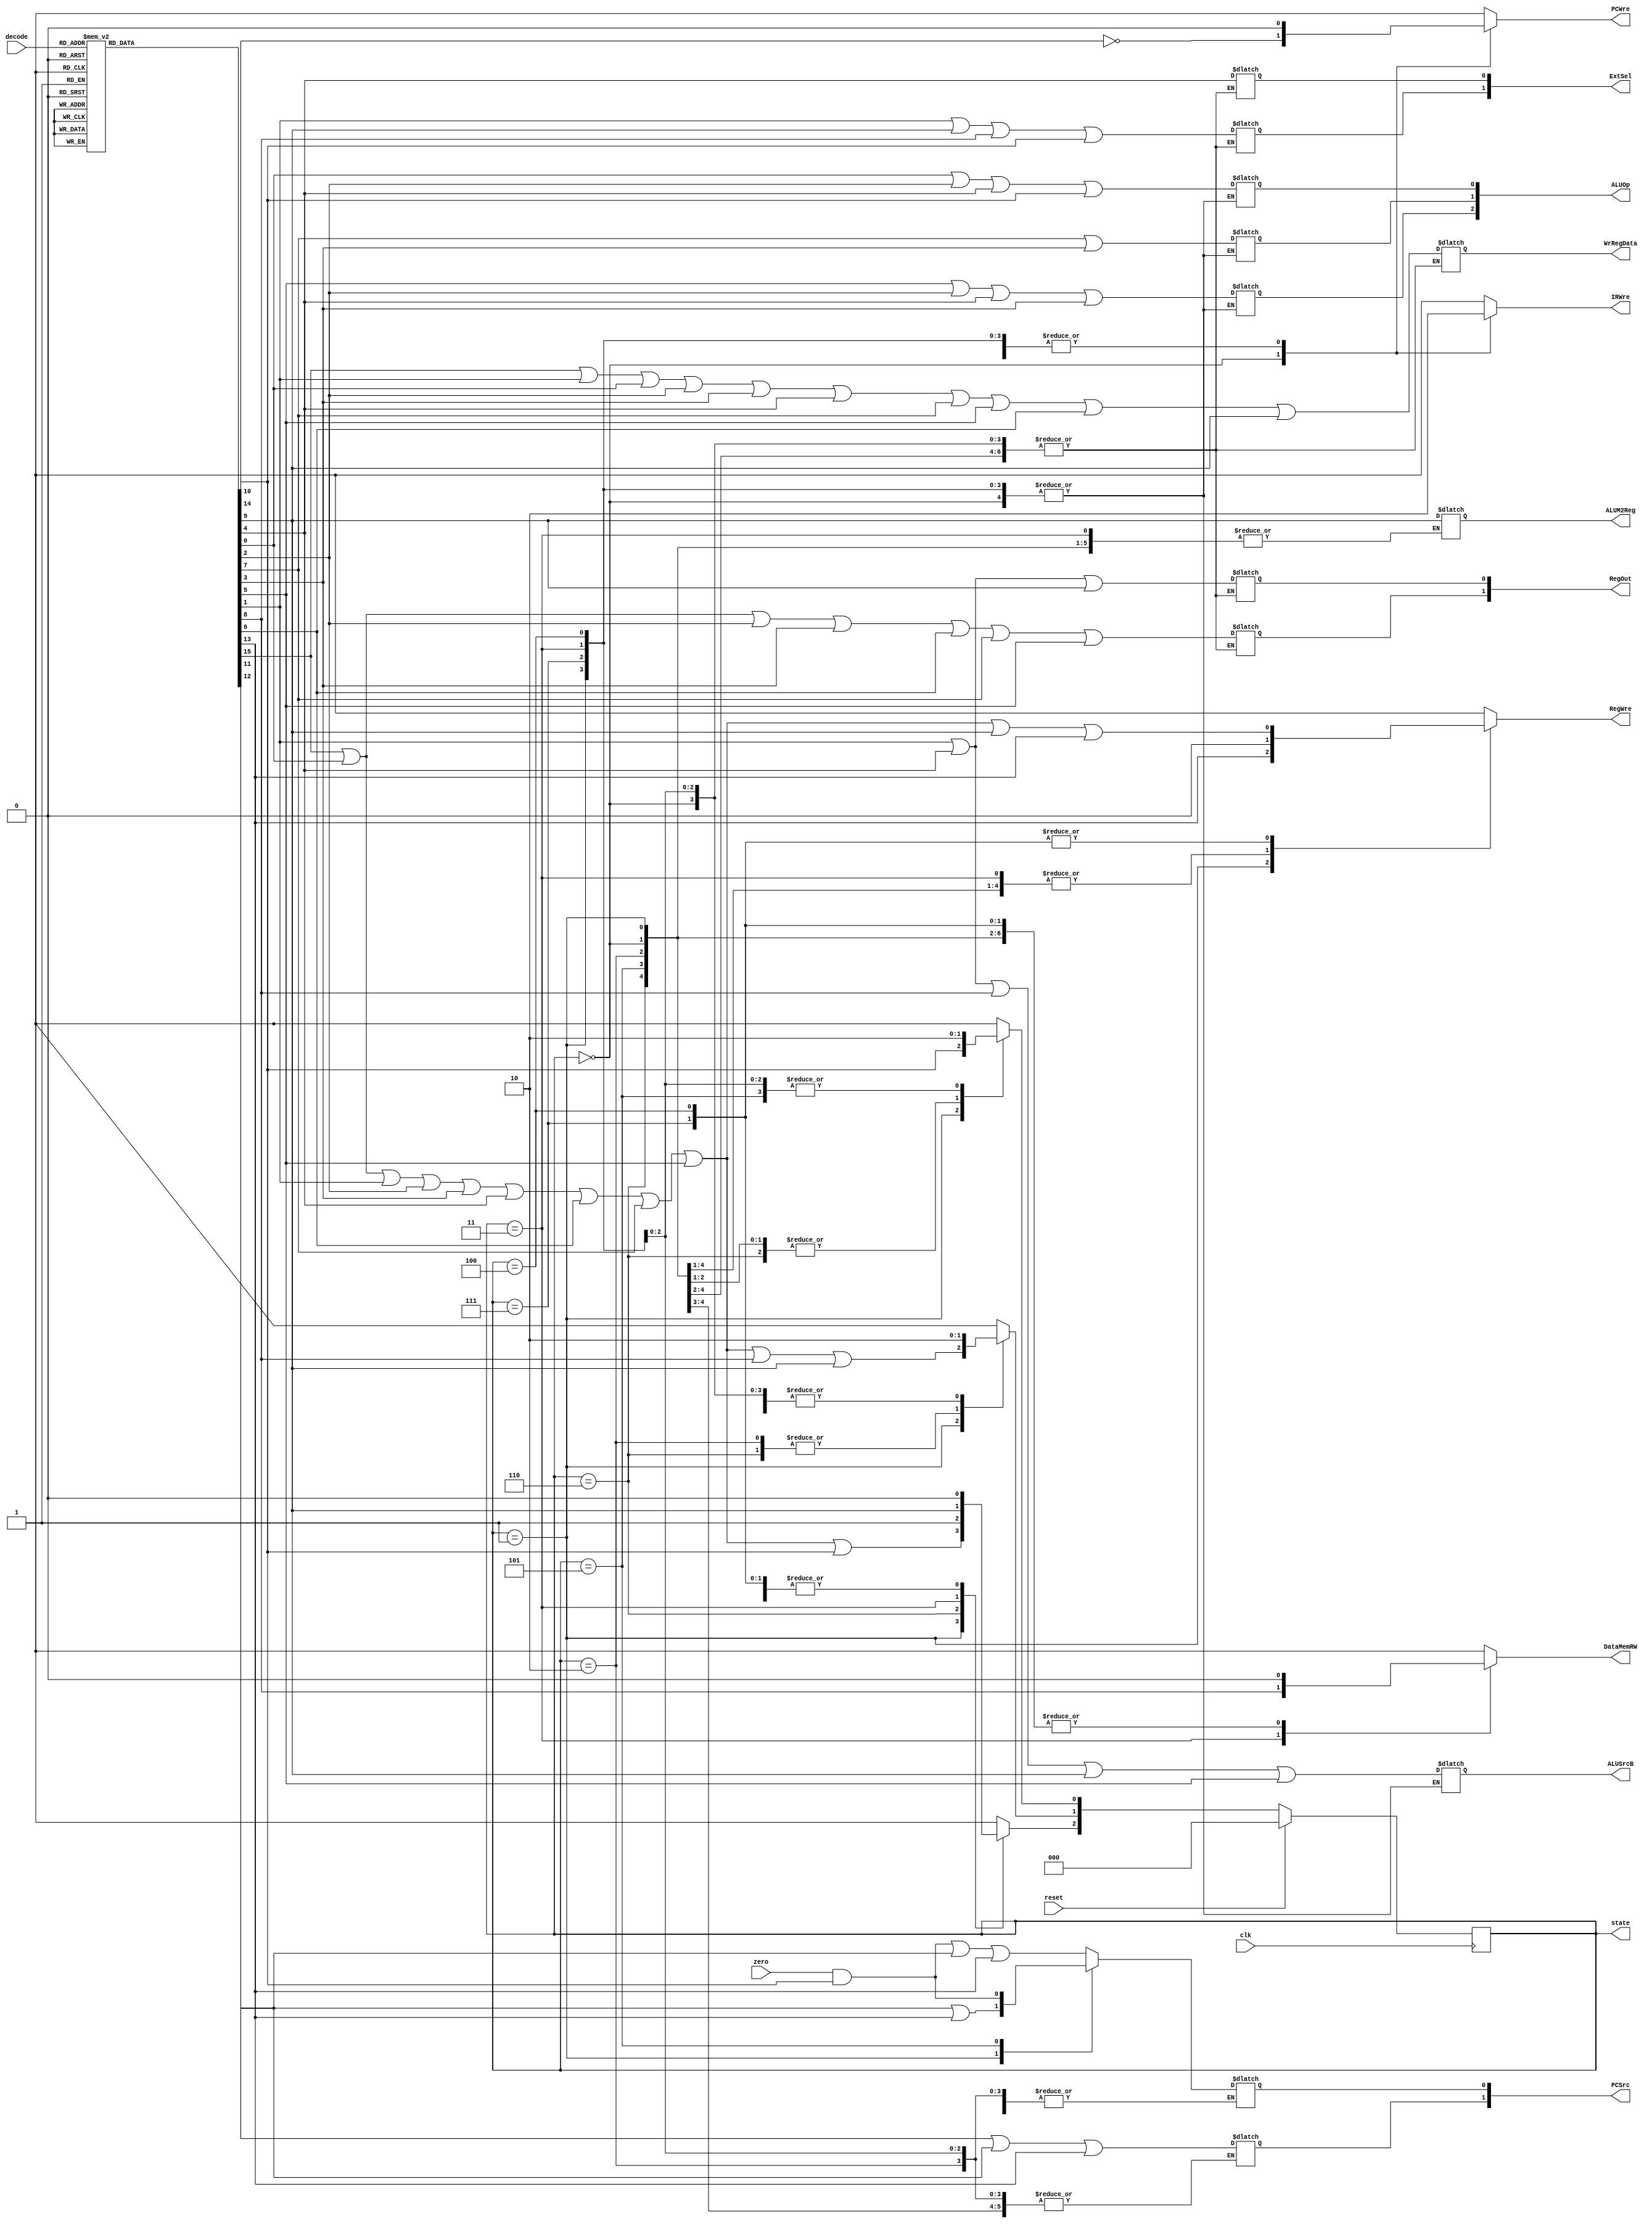
`timescale 1ns / 1ps

//
module CU(
	clk,
	reset,
	decode,
   zero,
   PCWre,
	ALUSrcB,
	ALUM2Reg,
	RegWre,
	WrRegData,
	DataMemRW,
	IRWre,
	ExtSel,
	PCSrc,
	RegOut,
	ALUOp, 
	state
	);
   
	input [5:0] decode;
	input clk, reset, zero;
	output reg PCWre, ALUSrcB, ALUM2Reg, RegWre, WrRegData, DataMemRW, IRWre;
	output reg [1:0] ExtSel, PCSrc, RegOut;
	output reg [2:0] ALUOp, state;
	reg [2:0] next_state;
	reg i_add, i_sub, i_addi, i_or, i_and, i_ori, i_sll, i_move,
		 i_slt, i_sw, i_lw, i_beq, i_j, i_jr, i_jal, i_halt;
	
	always @(decode) begin
		{i_add, i_sub, i_addi, i_or, i_and, i_ori, i_sll, i_move,
		i_slt, i_sw, i_lw, i_beq, i_j, i_jr, i_jal, i_halt} = 16'b0000000000000000;
		case(decode)
			6'b000000: i_add = 1;
			6'b000001: i_sub = 1;
			6'b000010: i_addi = 1;
			6'b010000: i_or = 1;
			6'b010001: i_and = 1;
			6'b010010: i_ori = 1;
			6'b011000: i_sll = 1;
			6'b100000: i_move = 1;
			6'b100111: i_slt = 1;
			6'b110000: i_sw = 1;
			6'b110001: i_lw = 1;
			6'b110100: i_beq = 1;
			6'b111000: i_j = 1;
			6'b111001: i_jr = 1;
			6'b111010: i_jal = 1;
			6'b111111: i_halt = 1;
		endcase
	end
	
	always @(*) begin
		#0.001;
		PCWre = 0;
		IRWre = 0;
		RegWre = 0;
		DataMemRW = 0;
		case (state)
			3'b000:
			begin
				PCWre = i_halt^1;
				IRWre = 1;
				PCSrc[0] = (zero & i_beq)|i_j|i_jal;
				PCSrc[1] = i_jr|i_j|i_jal;
				next_state = 3'b001;
			end
			
			3'b001:
			begin
				PCSrc[0] = i_j|i_jal;
				PCSrc[1] = i_jr|i_j|i_jal;
				RegOut[0] = i_addi|i_ori|i_lw;
				RegOut[1] = i_add|i_sub|i_or|i_and|i_move|i_slt|i_sll;
				ExtSel[0] = i_ori;
				ExtSel[1] = i_addi|i_lw|i_sw|i_beq;
				WrRegData = i_add|i_addi|i_sub|i_or|i_and|i_ori|i_slt|i_sll|i_move|i_lw;
				RegWre = i_jal;
				next_state[0] = i_beq;
				next_state[1] = i_add|i_sub|i_addi|i_or|i_and|i_ori|i_move|i_slt|i_sll|i_sw|i_lw;
				next_state[2] = i_add|i_sub|i_addi|i_or|i_and|i_ori|i_move|i_slt|i_sll|i_beq;
			end
			
			3'b110:
			begin
				ALUOp[0] = i_sub|i_or|i_ori|i_beq;
				ALUOp[1] = i_slt|i_and;
				ALUOp[2] = i_sll|i_or|i_ori|i_and;
				ALUSrcB = i_addi|i_ori|i_sw|i_lw|i_sll;
				next_state = 3'b111;
			end
			
			3'b111:
			begin
				ALUM2Reg = i_lw;
				RegWre = i_add|i_sub|i_addi|i_or|i_and|i_ori|i_move|i_slt|i_sll|i_lw|i_jal;
				next_state = 3'b000;
			end
			
			3'b101:
			begin
				ALUOp[0] = i_sub|i_or|i_ori|i_beq;
				ALUOp[1] = i_slt|i_and;
				ALUOp[2] = i_sll|i_or|i_ori|i_and;
				ALUSrcB = i_addi|i_ori|i_sw|i_lw|i_sll;
				PCSrc[0] = zero & i_beq;
				next_state = 3'b000;
			end
			
			3'b010:
			begin
				ALUOp[0] = i_sub|i_or|i_ori|i_beq;
				ALUOp[1] = i_slt|i_and;
				ALUOp[2] = i_sll|i_or|i_ori|i_and;
				ALUSrcB = i_addi|i_ori|i_sw|i_lw|i_sll;
				next_state = 3'b011;
			end
			
			3'b011:
			begin
				DataMemRW = i_sw;
				next_state[0] = 0;
				next_state[1] = 0;
				next_state[2] = i_lw;
			end
			
			3'b100:
			begin
				ALUM2Reg = i_lw;
				RegWre = i_add|i_sub|i_addi|i_or|i_and|i_ori|i_move|i_slt|i_sll|i_lw|i_jal;
				next_state = 3'b000;
			end
		endcase
	end
	
	always @(posedge clk) begin
		if (reset == 1)
			state <= 3'b000;
		else if (reset == 0)
			state <= next_state;
	end
endmodule